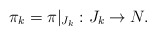
\begin{align*} \pi_k=\pi|_{J_k}:J_k \to N.\end{align*}